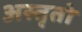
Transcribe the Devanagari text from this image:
अस्तृतो